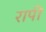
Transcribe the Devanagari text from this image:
रापी